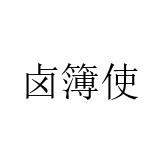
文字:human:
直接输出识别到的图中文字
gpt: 卤簿使